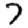
Digit: 7